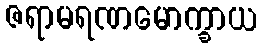
ဇရာမရဏမောက္ခာယ